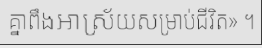
គ្នាពឹងអាស្រ័យសម្រាប់ជីវិត» ។